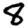
Digit: 8